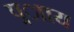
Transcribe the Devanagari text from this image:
प्र्ााय